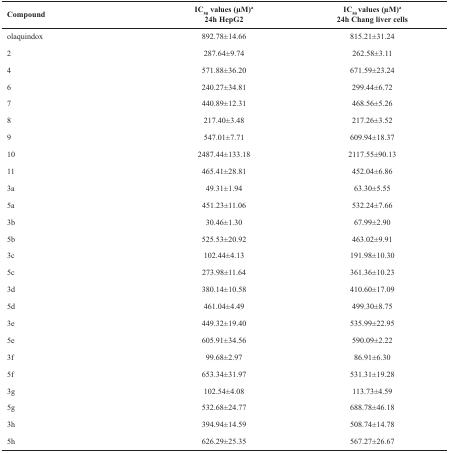
<table><thead><tr><td><b>Compound</b></td><td><b>IC<sub>50</sub>values (μM)a24h HepG2</b></td><td><b>IC<sub>50</sub> values (μM)a24h Chang liver cells</b></td></tr></thead><tbody><tr><td>olaquindox</td><td>892.78±14.66</td><td>815.21±31.24</td></tr><tr><td>2</td><td>287.64±9.74</td><td>262.58±3.11</td></tr><tr><td>4</td><td>571.88±36.20</td><td>671.59±23.24</td></tr><tr><td>6</td><td>240.27±34.81</td><td>299.44±6.72</td></tr><tr><td>7</td><td>440.89±12.31</td><td>468.56±5.26</td></tr><tr><td>8</td><td>217.40±3.48</td><td>217.26±3.52</td></tr><tr><td>9</td><td>547.01±7.71</td><td>609.94±18.37</td></tr><tr><td>10</td><td>2487.44±133.18</td><td>2117.55±90.13</td></tr><tr><td>11</td><td>465.41±28.81</td><td>452.04±6.86</td></tr><tr><td>3a</td><td>49.31±1.94</td><td>63.30±5.55</td></tr><tr><td>5a</td><td>451.23±11.06</td><td>532.24±7.66</td></tr><tr><td>3b</td><td>30.46±1.30</td><td>67.99±2.90</td></tr><tr><td>5b</td><td>525.53±20.92</td><td>463.02±9.91</td></tr><tr><td>3c</td><td>102.44±4.13</td><td>191.98±10.30</td></tr><tr><td>5c</td><td>273.98±11.64</td><td>361.36±10.23</td></tr><tr><td>3d</td><td>380.14±10.58</td><td>410.60±17.09</td></tr><tr><td>5d</td><td>461.04±4.49</td><td>499.30±8.75</td></tr><tr><td>3e</td><td>449.32±19.40</td><td>535.99±22.95</td></tr><tr><td>5e</td><td>605.91±34.56</td><td>590.09±2.22</td></tr><tr><td>3f</td><td>99.68±2.97</td><td>86.91±6.30</td></tr><tr><td>5f</td><td>653.34±31.97</td><td>531.31±19.28</td></tr><tr><td>3g</td><td>102.54±4.08</td><td>113.73±4.59</td></tr><tr><td>5g</td><td>532.68±24.77</td><td>688.78±46.18</td></tr><tr><td>3h</td><td>394.94±14.59</td><td>508.74±14.78</td></tr></tbody></table>